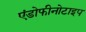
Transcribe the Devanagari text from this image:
एंडोफीनोटाइप